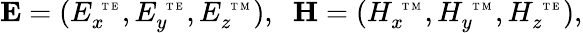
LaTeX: \mathbf{E}=(E_{x}^{\mathrm{~\tiny~T~E~}},E_{y}^{\mathrm{~\tiny~T~E~}},E_{z}^{\mathrm{~\tiny~T~M~}}),\; \; \mathbf{H}=(H_{x}^{\mathrm{~\tiny~T~M~}},H_{y}^{\mathrm{~\tiny~T~M~}},H_{z}^{\mathrm{~\tiny~T~E~}}),